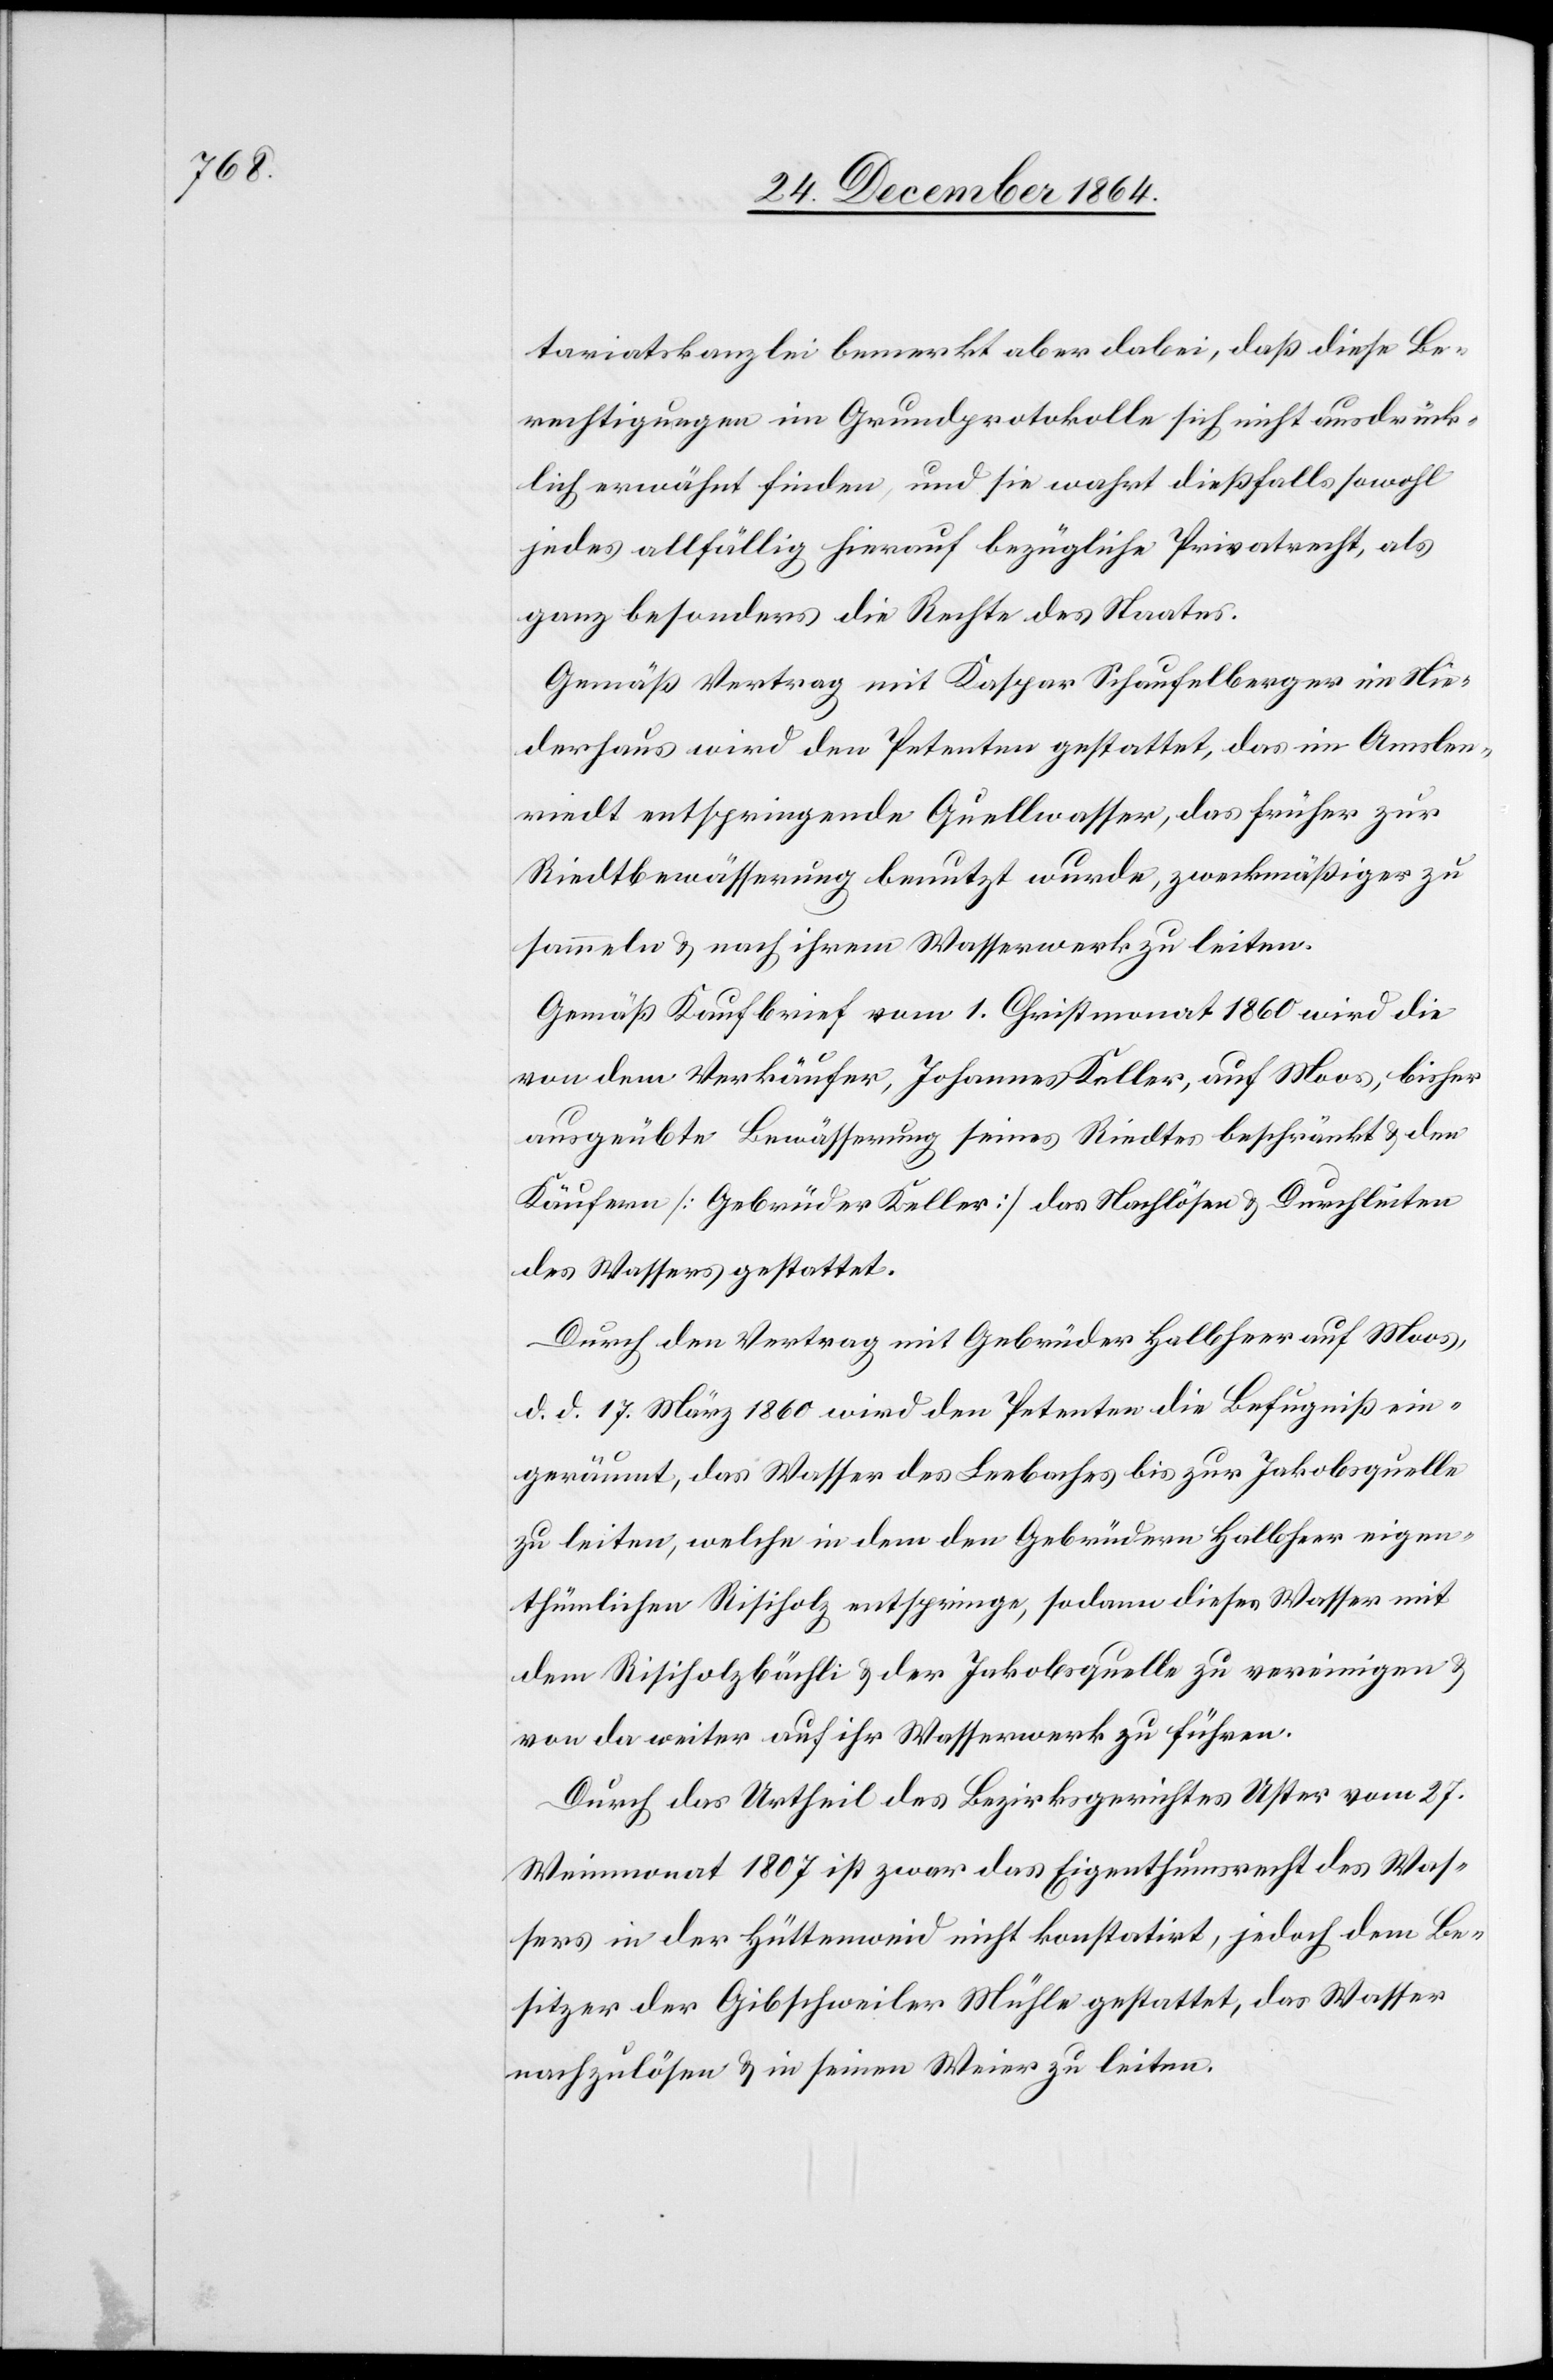
tariatskanzlei bemerkt aber dabei, daß diese Be¬
rechtigungen im Grundprotokolle sich nicht ausdrück¬
lich erwähnt finden, und sie wahrt dießfalls sowohl
jedes allfällig hierauf bezügliche Privatrecht, als
ganz besonders die Rechte des Staates.
Gemäß Vertrag mit Kaspar Schaufelberger in Nie¬
derhaus wird den Petenten gestattet, das im Amslen¬
riedt entspringende Quellwasser, das früher zur
Riedtbewässerung benutzt wurde, zweckmäßiger zu
sammeln & nach ihrem Wasserwerk zu leiten.
Gemäß Kaufbrief vom 1. Christmonat 1860 wird die
von dem Verkäufer, Johannes Keller, auf Moos, bisher
ausgeübte Bewässerung seines Riedtes beschränkt & den
Käufern [Gebrüder Keller] das Nachlösen & Durchleiten
des Wassers gestattet.
Durch Vertrag mit Gebrüder Halbheer auf Moos,
d. d. 17. März 1860 wird den Petenten die Befugniß ein¬
geräumt, das Wasser des Leebaches bis zur Jakobsquelle
zu leiten, welche in dem den Gebrüdern Halbheer eigen¬
thümlichen Risiholz entspringe, sodann dieses Wasser mit
dem Risiholzbächli & der Jakobsquelle zu vereinigen &
von da weiter auf ihr Wasserwerk zu führen.
Durch Urtheil des Bezirksgerichtes Uster vom 27.
Weinmonat 1807 ist zwar das Eigenthumsrecht des Was¬
sers in der Hüttenweid nicht konstatirt, jedoch dem Be¬
sitzer der Gibschweiler Mühle gestattet, das Wasser
nachzulösen & in seinen Weier zu leiten.